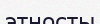
этносты